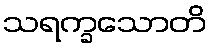
သရက္ခသောတိ